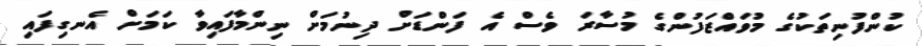
ކުންފުނިތަކުގެ މުވައްޒަފުންގެ މުސާރަ ވެސް އެ ފަންޑަށް ދިނުމަށް ނިންމާފައިވާ ކަމަށް އެނގިފައި